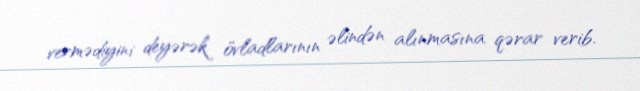
vermədiyini deyərək övladlarının əlindən alınmasına qərar verib.